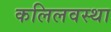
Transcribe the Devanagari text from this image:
कलिलवस्था